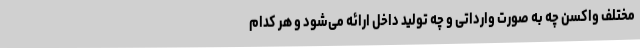
مختلف واکسن چه به صورت وارداتی و چه تولید داخل ارائه می‌شود و هر کدام